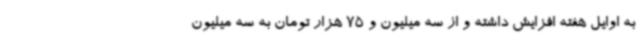
به اوایل هفته افزایش داشته و از سه میلیون و 75 هزار تومان به سه میلیون